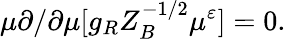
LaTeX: \mu\partial/\partial\mu[g_{R}Z_{B}^{-1/2}\mu^{\varepsilon}]=0.